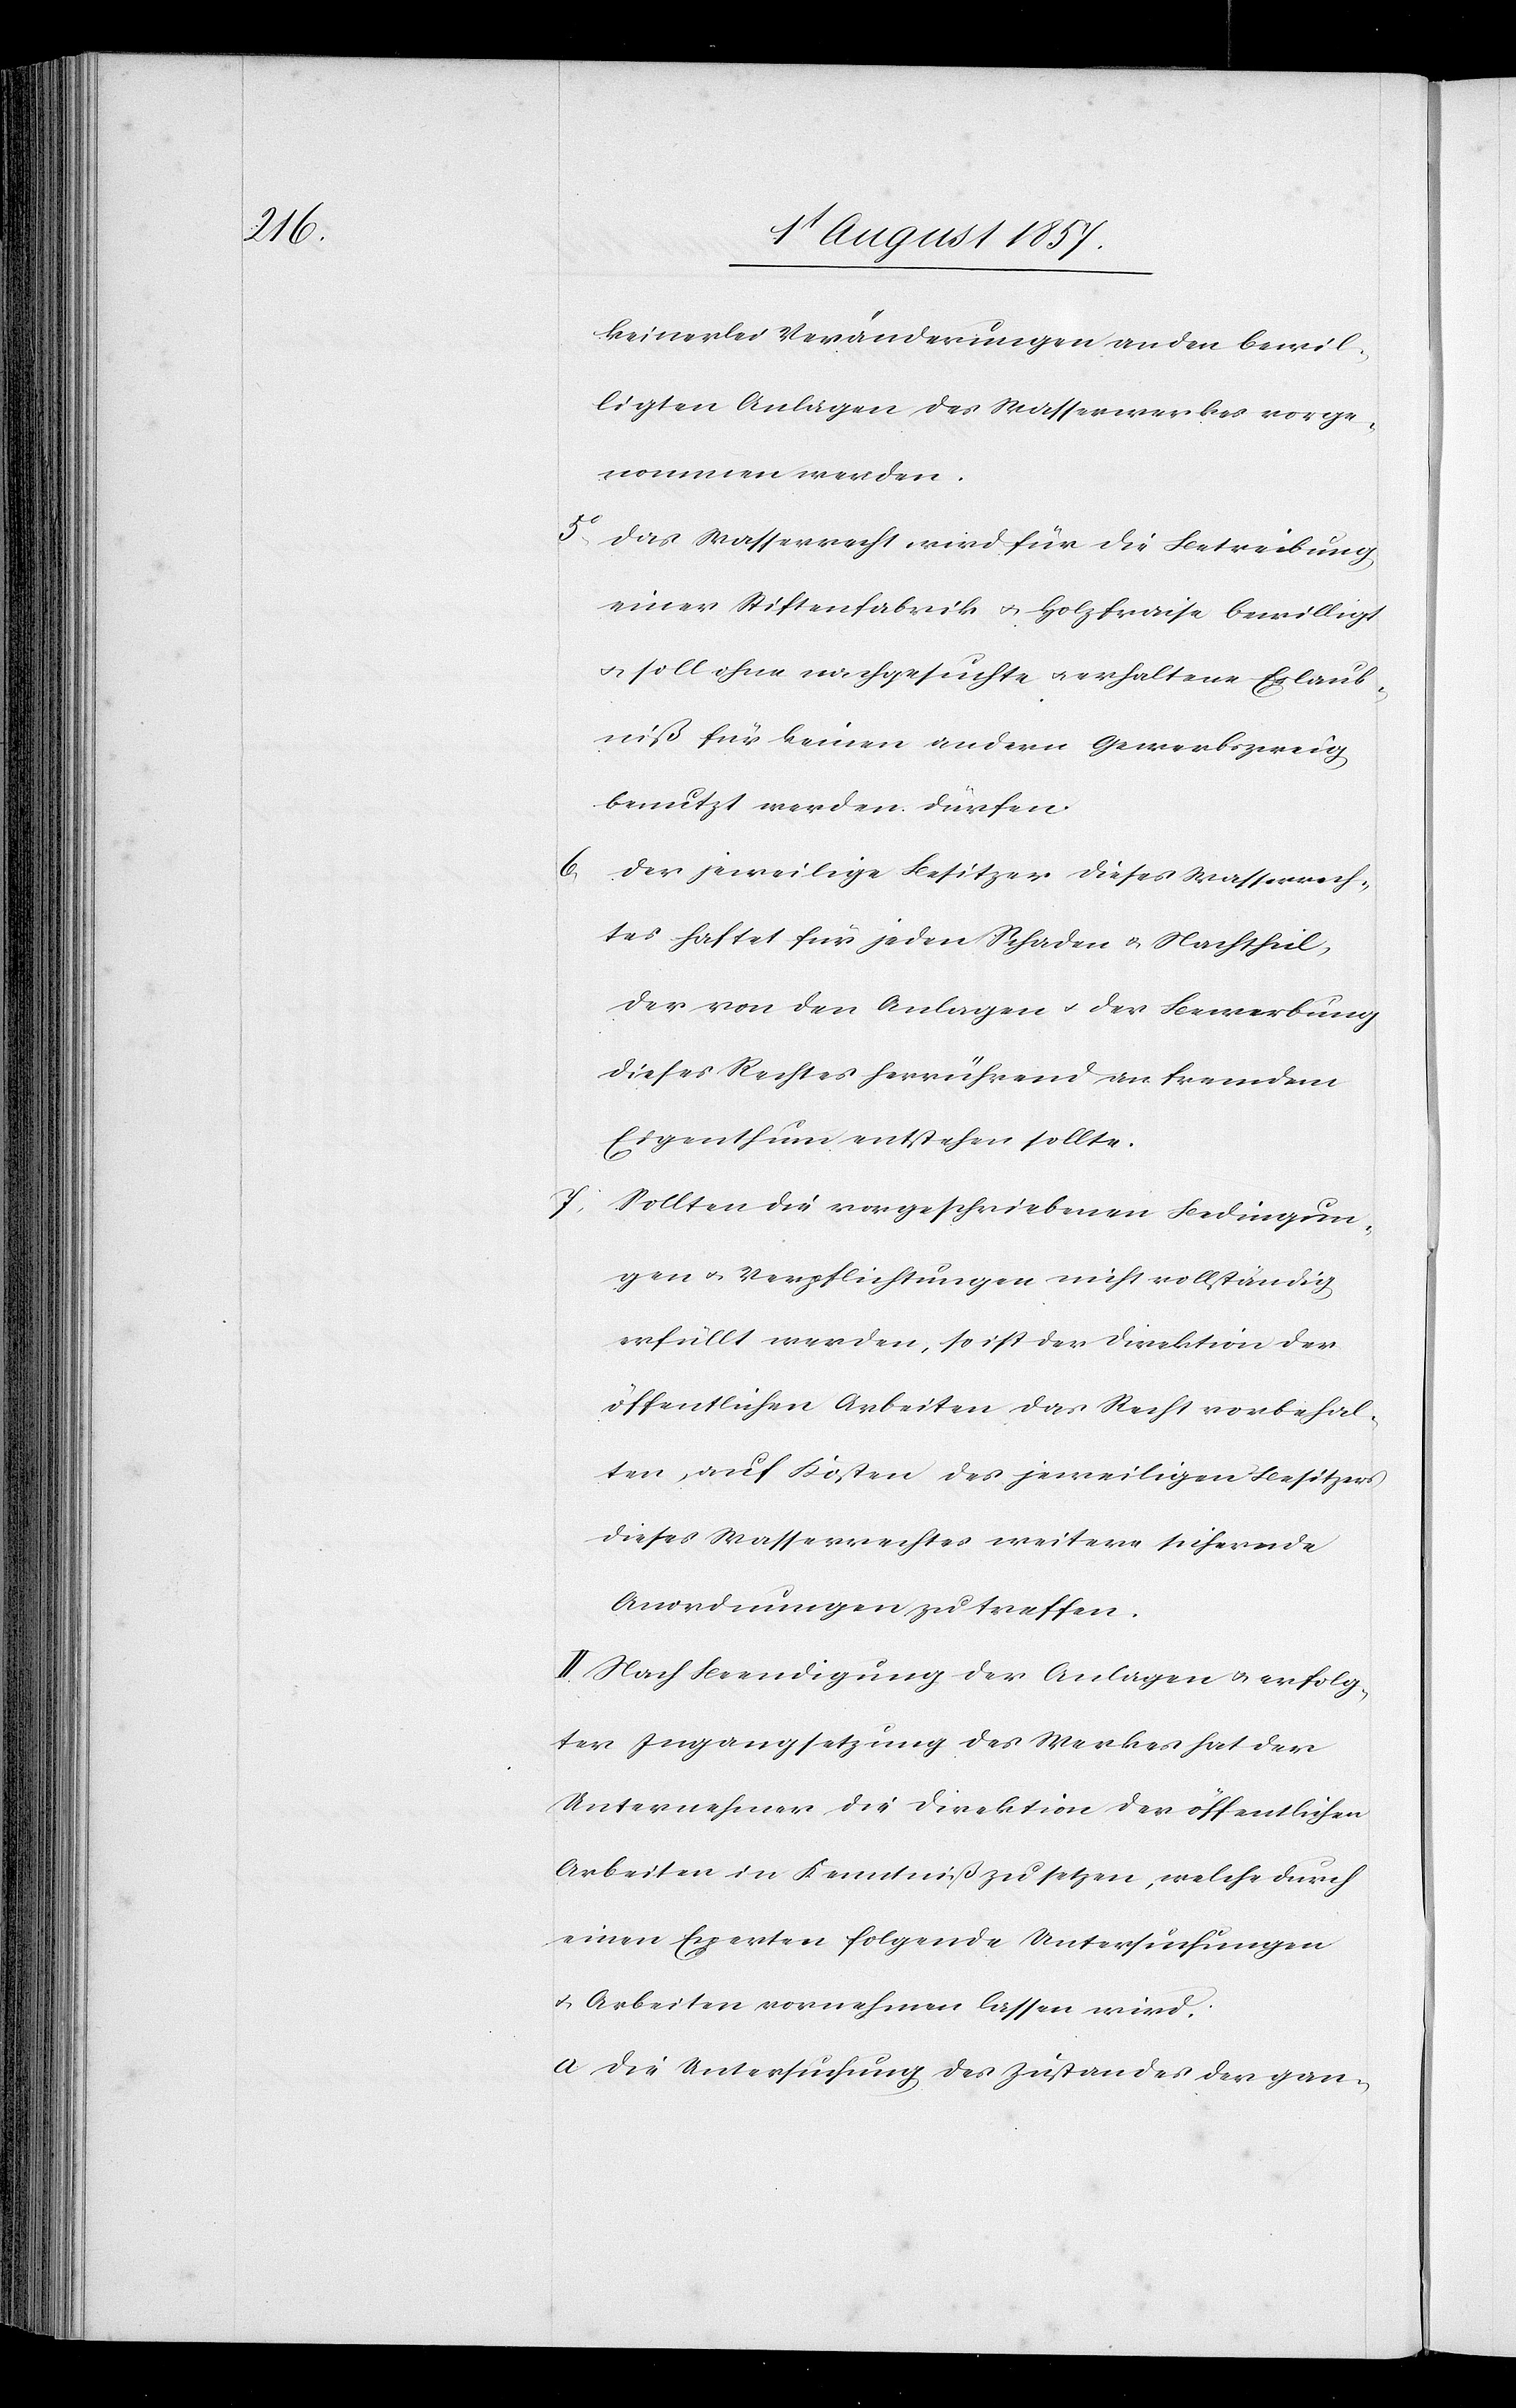
keinerlei Veränderungen an den bewil¬
ligten Anlagen des Wasserwerkes vorge¬
nommen werden.
5o, Das Wasserrecht wird für die Betreibung
einer Stiftenfabrik & Holzfraise bewilligt
& soll ohne nachgesuchte & erhaltene Erlaub¬
niß für keinen andern Gewerbszweig
benutzt werden dürfen.
6.
Der jeweilige Besitzer dieses Wasserrech¬
tes haftet für jeden Schaden & Nachtheil,
der von den Anlagen & der Bewerbung
dieses Rechtes herrührend an fremdem
Eigenthum entstehen sollte.
Sollten die vorgeschriebenen Bedingun¬
gen & Verpflichtungen nicht vollständig
erfüllt werden, so ist der Direktion der
öffentlichen Arbeiten das Recht vorbehal¬
ten, auf Kosten des jeweiligen Besitzers
dieses Wasserrechtes weitere sichernde
Anordnungen zu treffen.
II. Nach Beendigung der Anlagen & erfolg¬
ter Ingangsetzung des Werkes hat der
Unternehmer die Direktion der öffentlichen
Arbeiten in Kenntniß zu setzen, welche durch
einen Experten folgende Untersuchungen
& Arbeiten vornehmen lassen wird:
a. Die Untersuchung des Zustandes der gan-